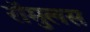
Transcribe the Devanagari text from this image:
रॉमुलस